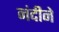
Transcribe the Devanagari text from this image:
नंदीने